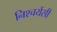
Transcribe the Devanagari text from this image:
निश्चयेंसी